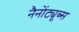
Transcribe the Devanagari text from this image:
नैनोंट्यूब्स